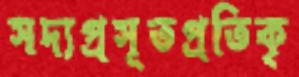
সদ্যপ্রসূতপ্রতিকৃ